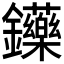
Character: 𨰤